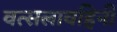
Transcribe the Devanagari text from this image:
वत्सलावहिनी